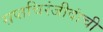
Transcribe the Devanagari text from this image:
सप्तचिरंजीवांची